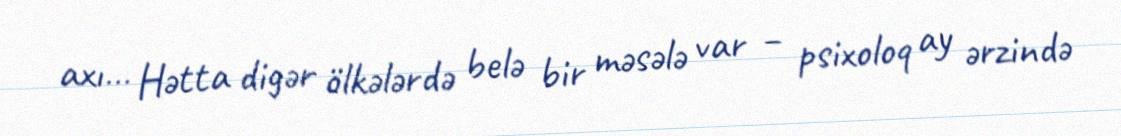
axı… Hətta digər ölkələrdə belə bir məsələ var – psixoloq ay ərzində